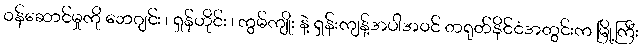
ဝန်ဆောင်မှုကို ဘေဂျင်း ၊ ရှန်ဟိုင်း ၊ ကွမ်ကျိုး နဲ့ ရှန်းကျန့်အပါအဝင် တရုတ်နိုင်ငံအတွင်းက မြို့ကြီး